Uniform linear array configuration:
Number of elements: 32
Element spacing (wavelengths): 0.5
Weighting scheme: hann
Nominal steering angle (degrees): -60
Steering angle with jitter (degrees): -60.187
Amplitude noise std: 0.05
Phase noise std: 0.05

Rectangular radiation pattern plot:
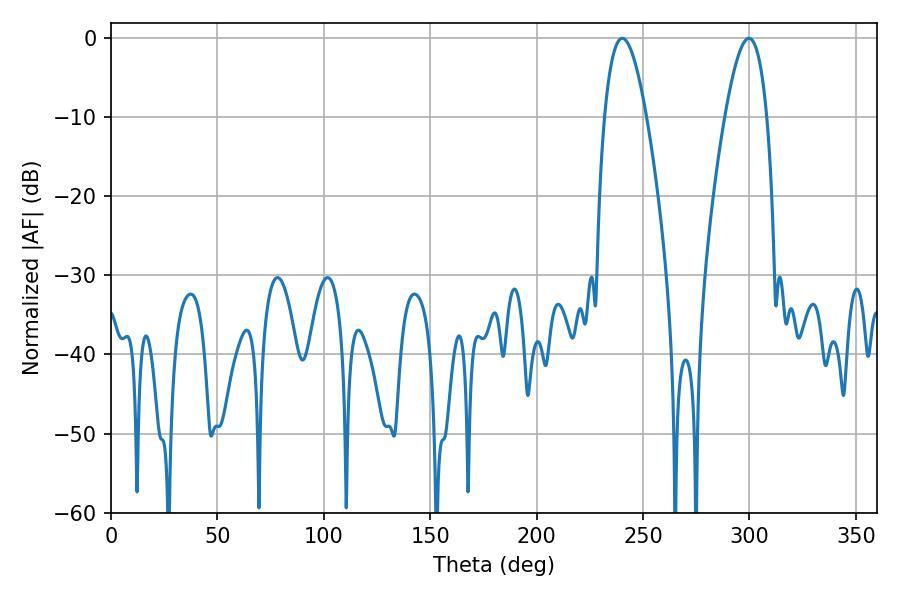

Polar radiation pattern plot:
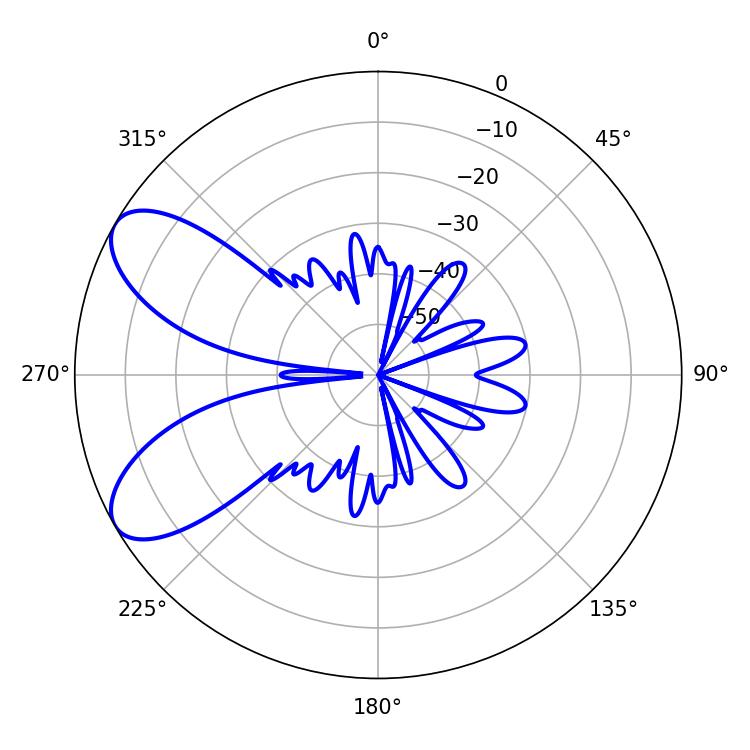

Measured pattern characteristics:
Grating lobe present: FALSE
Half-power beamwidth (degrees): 10.8
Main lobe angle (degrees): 299.7